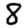
Digit: 8